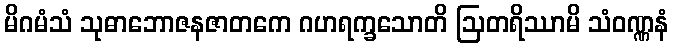
မိဂမံသံ သုဓာဘောဇနဇာတကေ ဂဟရက္ခသောတိ ဩတရိဿာမိ သံဝဏ္ဏနံ